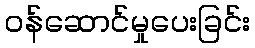
ဝန်ဆောင်မှုပေးခြင်း